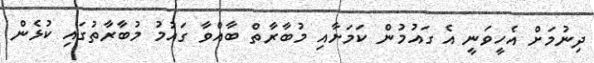
ދިނުމަށް އެހީވަނީ އެ ގައުމުން ކަމަށާއި މުބާރާތް ބާއްވާ ގައުމު މުބާރާތުގައި ކުޅެން